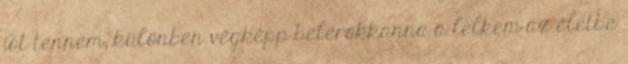
jót tennem, különben végképp belerokkanna a lelkem az életbe